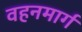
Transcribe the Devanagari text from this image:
वहनमार्ग